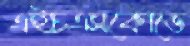
এইচএসকোডে